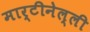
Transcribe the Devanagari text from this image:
मार्टीनेल्ली